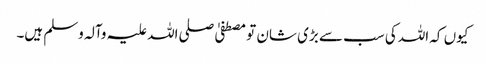
کیوں کہ اللہ کی سب سے بڑی شان تو مصطفیٰ صلی اللہ علیہ وآلہ وسلم ہیں۔